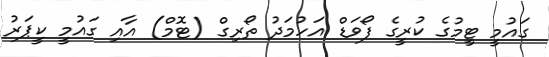
ގައުމީ ޓީމުގެ ކުރީގެ ފޯވަޑް އަހުމަދު ތޯރިގް (ޓޮމް) އާއި ގައުމީ ކީޕަރު